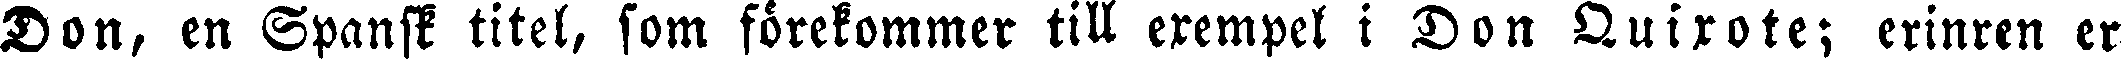
Don, en Spansk titel, som förekommer till exempel i Don Quixote; erinren er